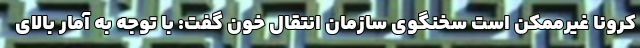
کرونا غیرممکن است سخنگوی سازمان انتقال خون گفت: با توجه به آمار بالای